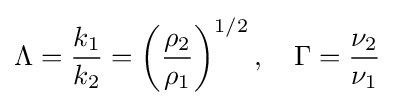
\Lambda ={\frac {k_{1}}{k_{2}}}=\left({\frac {\rho _{2}}{\rho _{1}}}\right)^{1/2},\quad \Gamma ={\frac {\nu _{2}}{\nu _{1}}}